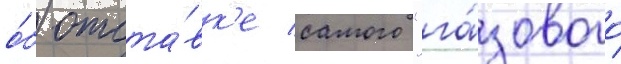
о́б отста́вк'е самого "га́зового